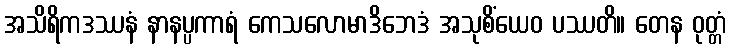
အသိရိကဒဿနံ နာနပ္ပကာရံ ကေသလောမာဒိဘေဒံ အသုစိံယေဝ ပဿတိ။ တေန ဝုတ္တံ